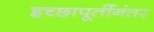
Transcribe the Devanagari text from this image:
इच्छापूर्तीनंतर